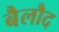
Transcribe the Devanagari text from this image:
बैलौद